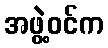
အဖွဲ့ဝင်က